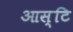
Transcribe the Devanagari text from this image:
आस्टि